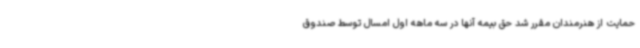
حمایت از هنرمندان مقرر شد حق بیمه آنها در سه ماهه اول امسال توسط صندوق